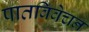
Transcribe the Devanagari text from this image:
पातविवेचन